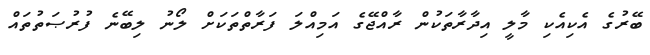
ބޭރުގެ އެކިއެކި މާލީ އިދާރާތަކުން ރާއްޖޭގެ އަމިއްލަ ފަރާތްތަކަށް ލޯނު ލިބޭނެ ފުރުޞަތުތައް